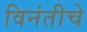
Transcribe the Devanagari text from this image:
विनंतीचे